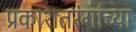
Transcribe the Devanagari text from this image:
प्रकाशतरंगांच्या